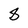
Character: 8